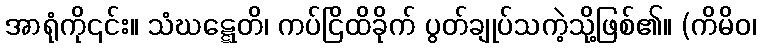
အာရုံကို၎င်း။ သံဃဋ္ဋေတိ၊ ကပ်ငြိထိခိုက် ပွတ်ချုပ်သကဲ့သို့ဖြစ်၏။ (ကိမိဝ၊